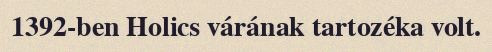
1392-ben Holics várának tartozéka volt.